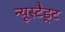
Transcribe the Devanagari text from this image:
न्यूस्टैड्ट